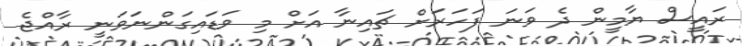
ރައީސް ޔާމީން ދެ ވަނަ ފަހަރަށް ޗައިނާ އަށް މި ވަޑައިގަންނަވަނީ ރާއްޖެ